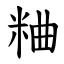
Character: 粬